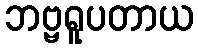
ဘဗ္ဗရူပတာယ